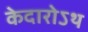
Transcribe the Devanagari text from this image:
केदारोऽथ